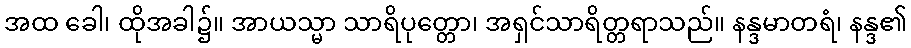
အထ ခေါ၊ ထိုအခါ၌။ အာယသ္မာ သာရိပုတ္တော၊ အရှင်သာရိတ္တရာသည်။ နန္ဒမာတရံ၊ နန္ဒ၏